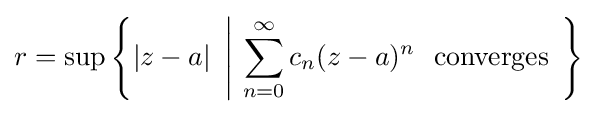
r=\sup \left\{|z-a|\ \left|\ \sum _{n=0}^{\infty }c_{n}(z-a)^{n}\ {\text{ converges }}\right.\right\}